Annual report of the Civil Veterinary Department, Bengal, for the year 1898-99 - 1898-1899
Year: 1898
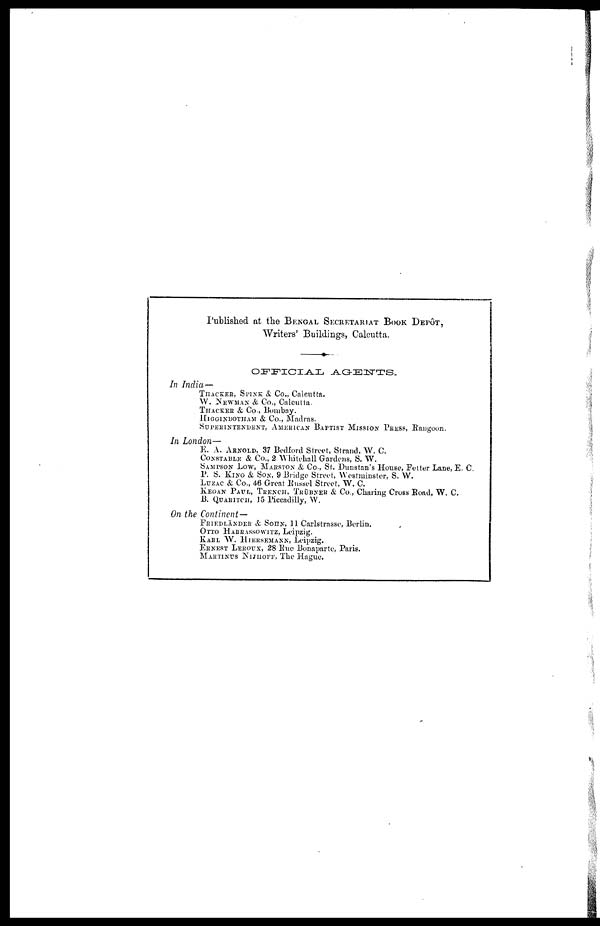
Published at the Bengal Secretariat Book Depot, Writers' Buildings, Calcutta.
OFFICIAL AGENTS.
In India—
THACKEK, SPINK & Co., Calcutta.
W. NEWMAN & Co., Calcutta.
THACKER & Co., Bombay.
HIGGINBOTHAM & Co., Madras.
SUPERINTENDENT, AMERICAN BAPTIST MISSIOX PRESS, Rangoon.
In London—
E. A. ARNOLD, 37 Bedford Street, Strand, W. C.
CONSTABLE & Co., 2 Whitehall Gardens, S. W.
SAMPSON LOW, MARSTON & Co., St. Dunstan's House, Fetter Lane, E. C.
P. S. KING & SON, 9 Bridge Street, Westminster, S. W.
LUZAC & Co., 46 Great Russel Street, W. C.
KEGAN PAUL, TRENCH, TRÜBNER & Co., Charing Cross Road, W. C.
B. QUARITCH, 15 Piccadilly, W.
On the Continent—
FRIEDLÄNDER & SOHN, 11 Carlstrasse, Berlin.
OTTO HARRASSOWITZ, Leipzig.
RARL W. HIERSEMANN, Leipzig.
ERNEST LEROUX, 28 Rue Bonaparte, Paris.
MARTINUS NIJHOFF, The Hague.